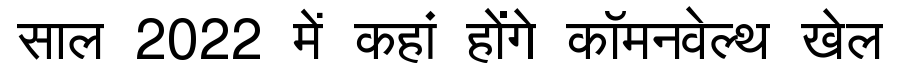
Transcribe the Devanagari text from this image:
साल 2022 में कहां होंगे कॉमनवेल्थ खेल